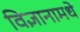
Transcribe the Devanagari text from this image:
विज्ञानामधे